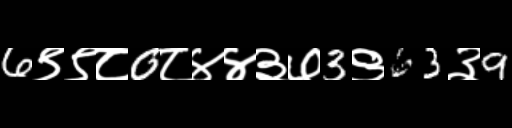
Text: 6९९८0८४४३७3९63३9